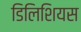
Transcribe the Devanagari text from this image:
डिलिशियस